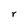
Character: r